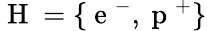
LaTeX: \mathrm{~H~}=\lbrace\mathrm{~e~}^{-},\mathrm{~p~}^{+}\rbrace